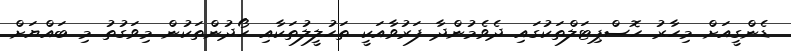
ޑެންގީއަށް މިހާރު ހޮސްޕިޓަލްތަކުގައި ދެވެމުންދާ ފަރުވާއަކީ ތަހުލީލުތަކާއި ހޯދުންތަކުން މިވަގުތު މި ބައްޔަށް